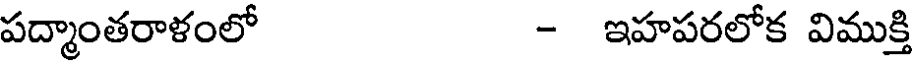
పద్మాంతరాళంలో - ఇహపరలోక విముక్తి